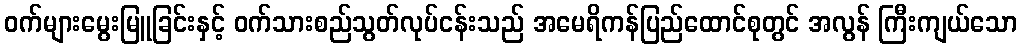
ဝက်များမွေးမြူခြင်းနှင့် ဝက်သားစည်သွတ်လုပ်ငန်းသည် အမေရိကန်ပြည်ထောင်စုတွင် အလွန် ကြီးကျယ်သော